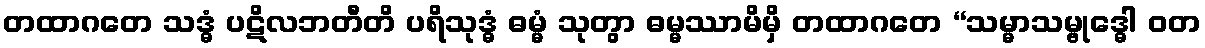
တထာဂတေ သဒ္ဓံ ပဋိလဘတီတိ ပရိသုဒ္ဓံ ဓမ္မံ သုတွာ ဓမ္မဿာမိမှိ တထာဂတေ “သမ္မာသမ္ဗုဒ္ဓေါ ဝတ